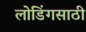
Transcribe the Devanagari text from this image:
लोडिंगसाठी